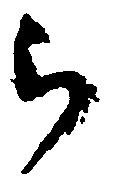
被